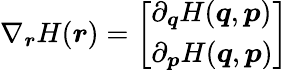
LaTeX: \nabla_{\boldsymbol{r}}H({\boldsymbol{r}})={\left[\begin{array}{l}{\partial_{\boldsymbol{q}}H({\boldsymbol{q}},{\boldsymbol{p}})}\\ {\partial_{\boldsymbol{p}}H({\boldsymbol{q}},{\boldsymbol{p}})}\end{array}\right]}